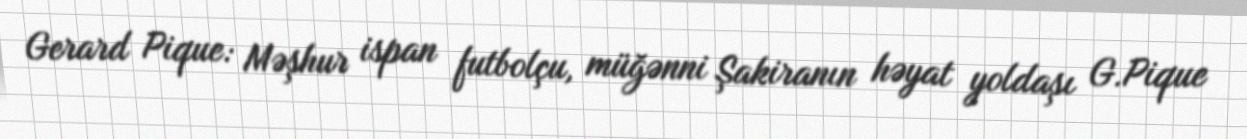
Gerard Pique: Məşhur ispan futbolçu, müğənni Şakiranın həyat yoldaşı G.Pique